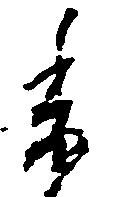
委